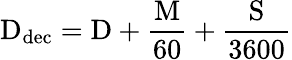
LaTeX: \mathrm{D}_{\mathrm{dec}}=\mathrm{D}+{\frac{\mathrm{M}}{60}}+{\frac{\mathrm{S}}{3600}}